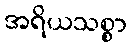
အရိယသစ္စာ